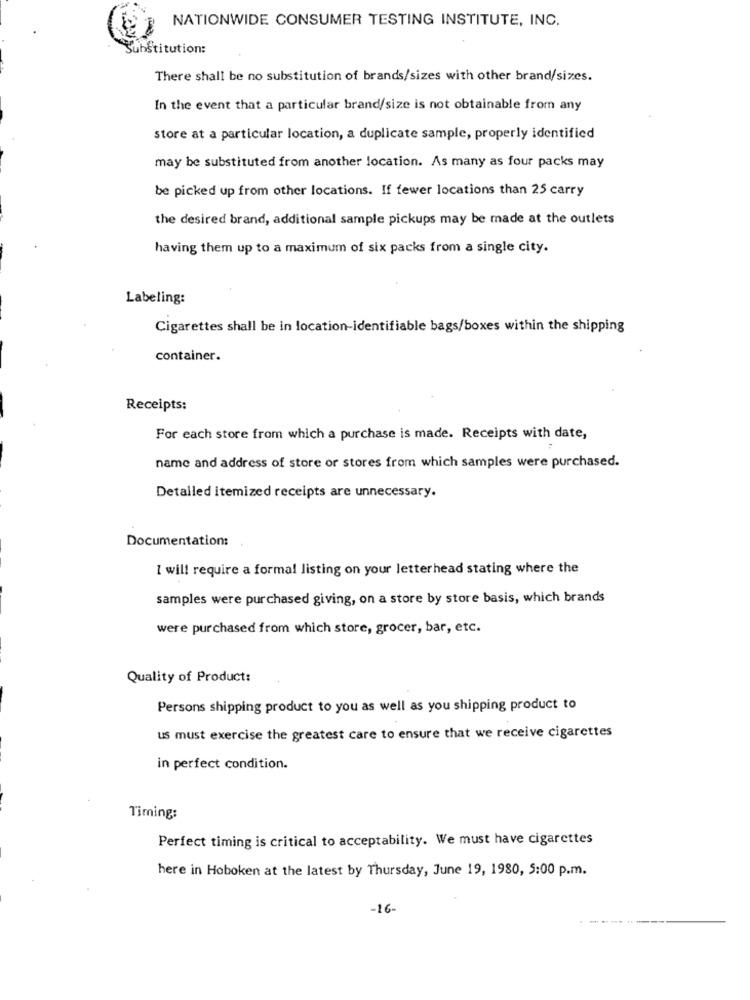
NATIONWIDE CONSUMER TESTING INSTITUTE, INC.
Institution:
There shall be no substitution of brands/sizes with other brand/sizes.
In the event that a particular brand/size is not obtainable from any
store at a particular location, a duplicate sample, properly identified
may be substituted from another location. As many as four packs may
be picked up from other locations. If fewer locations than 25 carry
the desired brand, additional sample pickups may be made at the outlets
having them up to a maximum of six packs from a single city.
Labeling:
Cigarettes shall be in location-identifiable bags/boxes within the shipping
container.
Receipts:
For each store from which a purchase is made. Receipts with date,
name and address of store or stores from which samples were purchased.
Detalled itemized receipts are unnecessary.
Documentation:
I will require a formal listing on your letterhead stating where the
samples were purchased giving, on a store by store basis, which brands
were purchased from which store, grocer, bar, etc.
Quality of Product:
Persons shipping product to you as well as you shipping product to
us must exercise the greatest care to ensure that we receive cigarettes
in perfect condition.
Timing:
Perfect timing is critical to acceptability. We must have cigarettes
here in Hoboken at the latest by Thursday, June 19, 1980, 5:00 p.m.
-16-